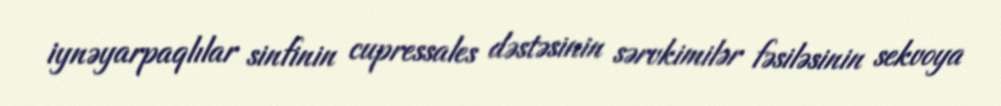
i̇ynəyarpaqlılar sinfinin cupressales dəstəsinin sərvkimilər fəsiləsinin sekvoya